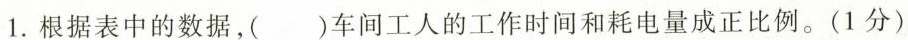
1.根据表中的数据，( )车间工人的工作时间和耗电量成正比例。(1分)